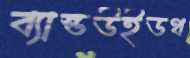
ব্যান্ডউইডথ